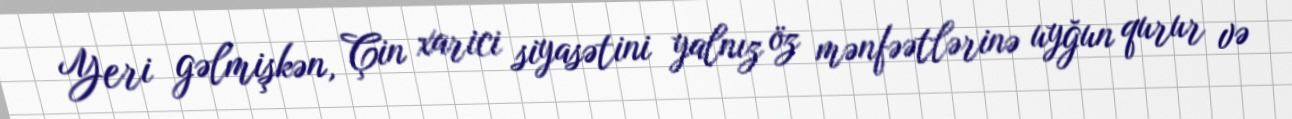
Yeri gəlmişkən, Çin xarici siyasətini yalnız öz mənfəətlərinə uyğun qurur və